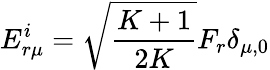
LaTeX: E_{r\mu}^{i}=\sqrt{\frac{K+1}{2K}}F_{r}\delta_{\mu,0}